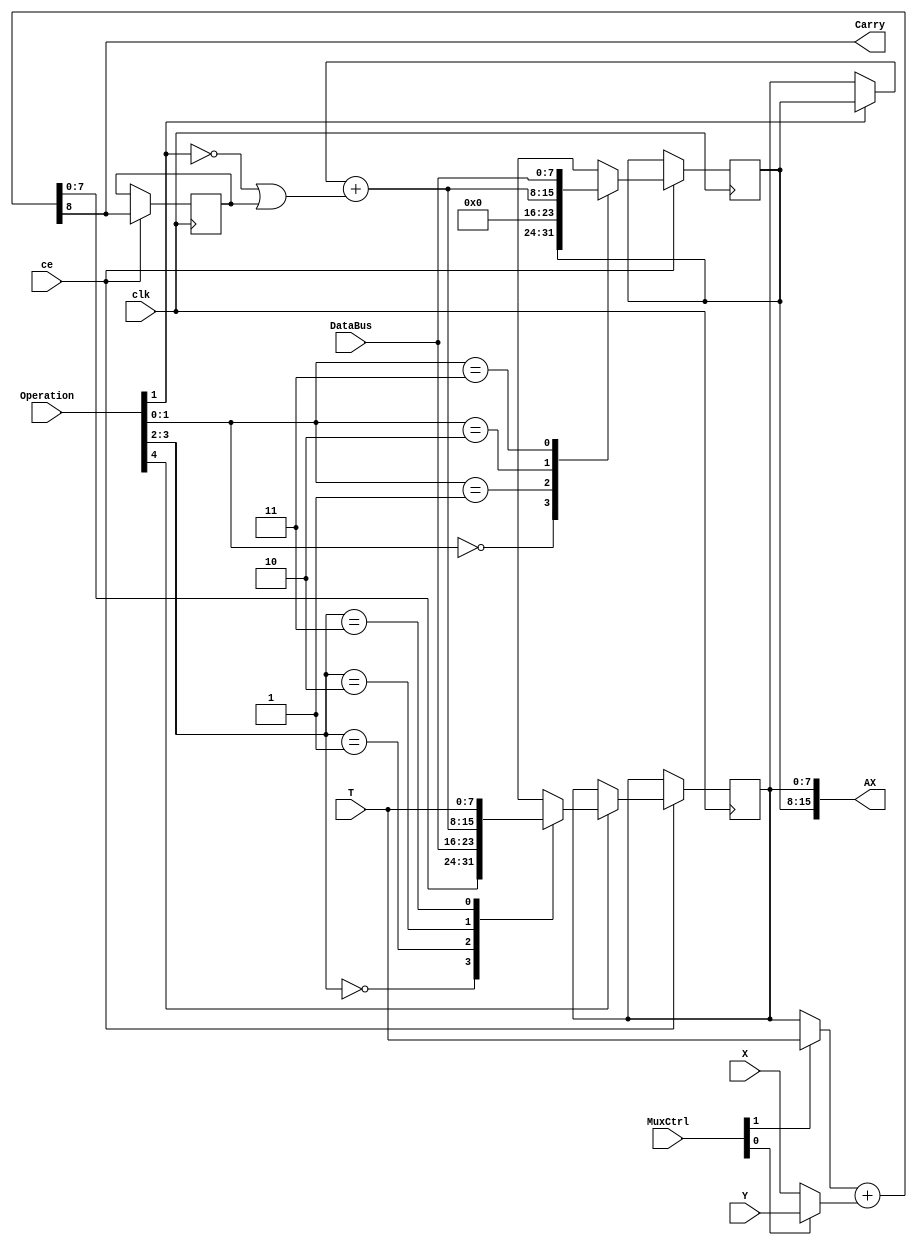
module AddressGenerator(input clk, input ce,
                        input [4:0] Operation, 
                        input [1:0] MuxCtrl,
                        input [7:0] DataBus, T, X, Y,
                        output [15:0] AX,
                        output Carry);
  reg [7:0] AL, AH;
  reg SavedCarry;
  assign AX = {AH, AL};
  wire [2:0] ALCtrl = Operation[4:2];
  wire [1:0] AHCtrl = Operation[1:0];
  wire [7:0] NewAL;
  assign {Carry,NewAL} = {1'b0, (MuxCtrl[1] ? T : AL)} + {1'b0, (MuxCtrl[0] ? Y : X)};
  wire TmpVal = (!AHCtrl[1] | SavedCarry);
  wire [7:0] TmpAdd = (AHCtrl[1] ? AH : AL) + {7'b0, TmpVal};
  always @(posedge clk) if (ce) begin
    SavedCarry <= Carry;
    if (ALCtrl[2])
      case(ALCtrl[1:0])
      0: AL <= NewAL;
      1: AL <= DataBus;
      2: AL <= TmpAdd;
      3: AL <= T;
      endcase
    case(AHCtrl[1:0])
    0: AH <= AH;
    1: AH <= 0;
    2: AH <= TmpAdd;
    3: AH <= DataBus;
    endcase
  end
endmodule